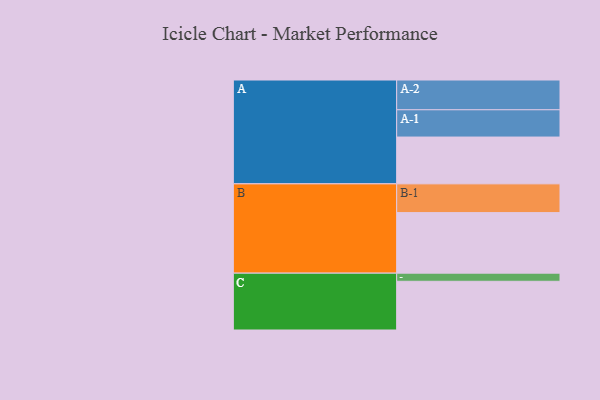
{"axis": {"x": "Segment", "y": "Value"}, "legend": ["", "A", "B", "C"], "data": [{"x": "A", "y": 415, "type": ""}, {"x": "B", "y": 537, "type": ""}, {"x": "C", "y": 432, "type": ""}, {"x": "A-1", "y": 242, "type": "A"}, {"x": "A-2", "y": 264, "type": "A"}, {"x": "B-1", "y": 255, "type": "B"}, {"x": "C-1", "y": 72, "type": "C"}]}